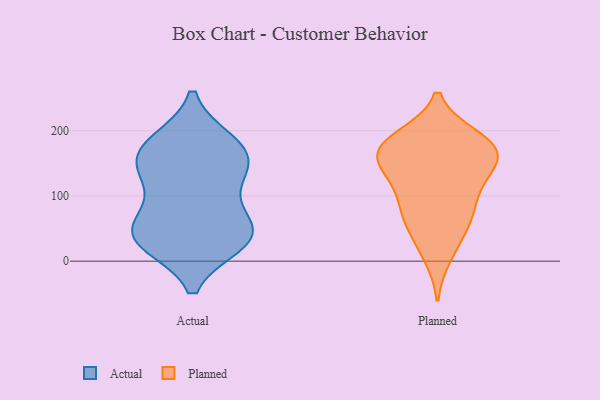
{"axis": {"x": "Humidity (%)", "y": "Value"}, "legend": ["Actual", "Planned"], "data": [{"x": "", "y": 151, "type": "Actual"}, {"x": "", "y": 38, "type": "Actual"}, {"x": "", "y": 135, "type": "Actual"}, {"x": "", "y": 40, "type": "Actual"}, {"x": "", "y": 142, "type": "Actual"}, {"x": "", "y": 174, "type": "Actual"}, {"x": "", "y": 50, "type": "Actual"}, {"x": "", "y": 182, "type": "Actual"}, {"x": "", "y": 176, "type": "Actual"}, {"x": "", "y": 29, "type": "Actual"}, {"x": "", "y": 101, "type": "Actual"}, {"x": "", "y": 54, "type": "Actual"}, {"x": "", "y": 31, "type": "Actual"}, {"x": "", "y": 164, "type": "Planned"}, {"x": "", "y": 39, "type": "Planned"}, {"x": "", "y": 10, "type": "Planned"}, {"x": "", "y": 77, "type": "Planned"}, {"x": "", "y": 78, "type": "Planned"}, {"x": "", "y": 178, "type": "Planned"}, {"x": "", "y": 177, "type": "Planned"}, {"x": "", "y": 174, "type": "Planned"}, {"x": "", "y": 132, "type": "Planned"}, {"x": "", "y": 147, "type": "Planned"}, {"x": "", "y": 177, "type": "Planned"}, {"x": "", "y": 188, "type": "Planned"}, {"x": "", "y": 69, "type": "Planned"}, {"x": "", "y": 110, "type": "Planned"}, {"x": "", "y": 141, "type": "Planned"}]}